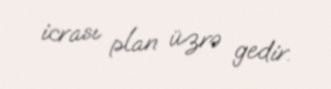
icrası plan üzrə gedir.